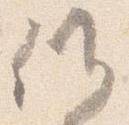
候